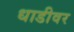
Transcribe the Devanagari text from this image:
धाडीवर